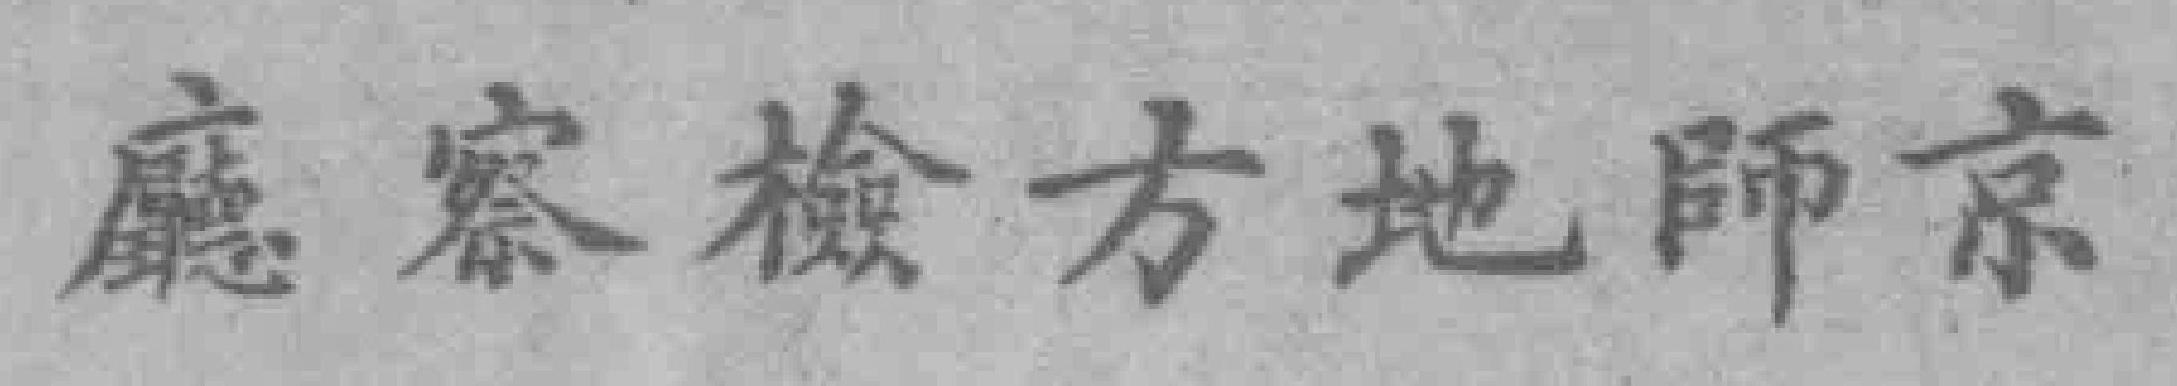
廳察檢方地師京